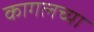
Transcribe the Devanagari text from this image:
कागलच्या